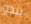
يبدو